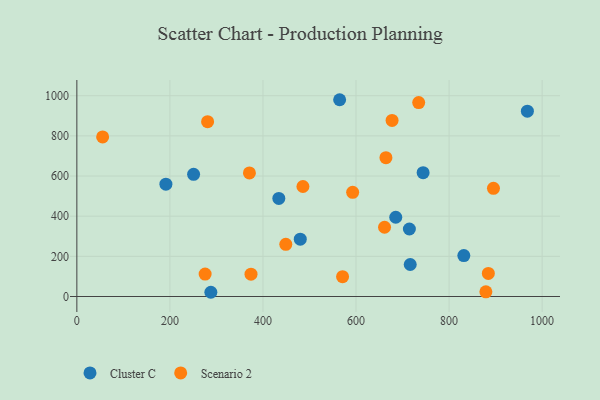
{"axis": {"x": "Speed", "y": "Fuel Efficiency"}, "legend": ["Cluster C", "Scenario 2"], "data": [{"x": "564.8", "y": 979.9, "type": "Cluster C"}, {"x": "968.3", "y": 923.1, "type": "Cluster C"}, {"x": "434.1", "y": 488.5, "type": "Cluster C"}, {"x": "480.2", "y": 285.4, "type": "Cluster C"}, {"x": "831.7", "y": 203.7, "type": "Cluster C"}, {"x": "685.4", "y": 394.8, "type": "Cluster C"}, {"x": "191.4", "y": 559.5, "type": "Cluster C"}, {"x": "714.7", "y": 336.2, "type": "Cluster C"}, {"x": "288.0", "y": 21.1, "type": "Cluster C"}, {"x": "716.5", "y": 159.4, "type": "Cluster C"}, {"x": "744.2", "y": 616.5, "type": "Cluster C"}, {"x": "250.9", "y": 608.4, "type": "Cluster C"}, {"x": "664.3", "y": 691.2, "type": "Scenario 2"}, {"x": "571.1", "y": 98.9, "type": "Scenario 2"}, {"x": "734.7", "y": 965.5, "type": "Scenario 2"}, {"x": "374.3", "y": 111.2, "type": "Scenario 2"}, {"x": "661.3", "y": 345.0, "type": "Scenario 2"}, {"x": "592.8", "y": 518.6, "type": "Scenario 2"}, {"x": "884.4", "y": 114.8, "type": "Scenario 2"}, {"x": "370.9", "y": 615.2, "type": "Scenario 2"}, {"x": "485.9", "y": 547.9, "type": "Scenario 2"}, {"x": "879.1", "y": 23.2, "type": "Scenario 2"}, {"x": "55.4", "y": 794.5, "type": "Scenario 2"}, {"x": "449.1", "y": 259.9, "type": "Scenario 2"}, {"x": "275.7", "y": 111.7, "type": "Scenario 2"}, {"x": "895.4", "y": 538.6, "type": "Scenario 2"}, {"x": "677.5", "y": 876.8, "type": "Scenario 2"}, {"x": "281.0", "y": 870.4, "type": "Scenario 2"}]}